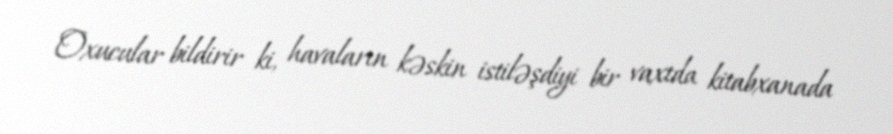
Oxucular bildirir ki, havaların kəskin istiləşdiyi bir vaxtda kitabxanada